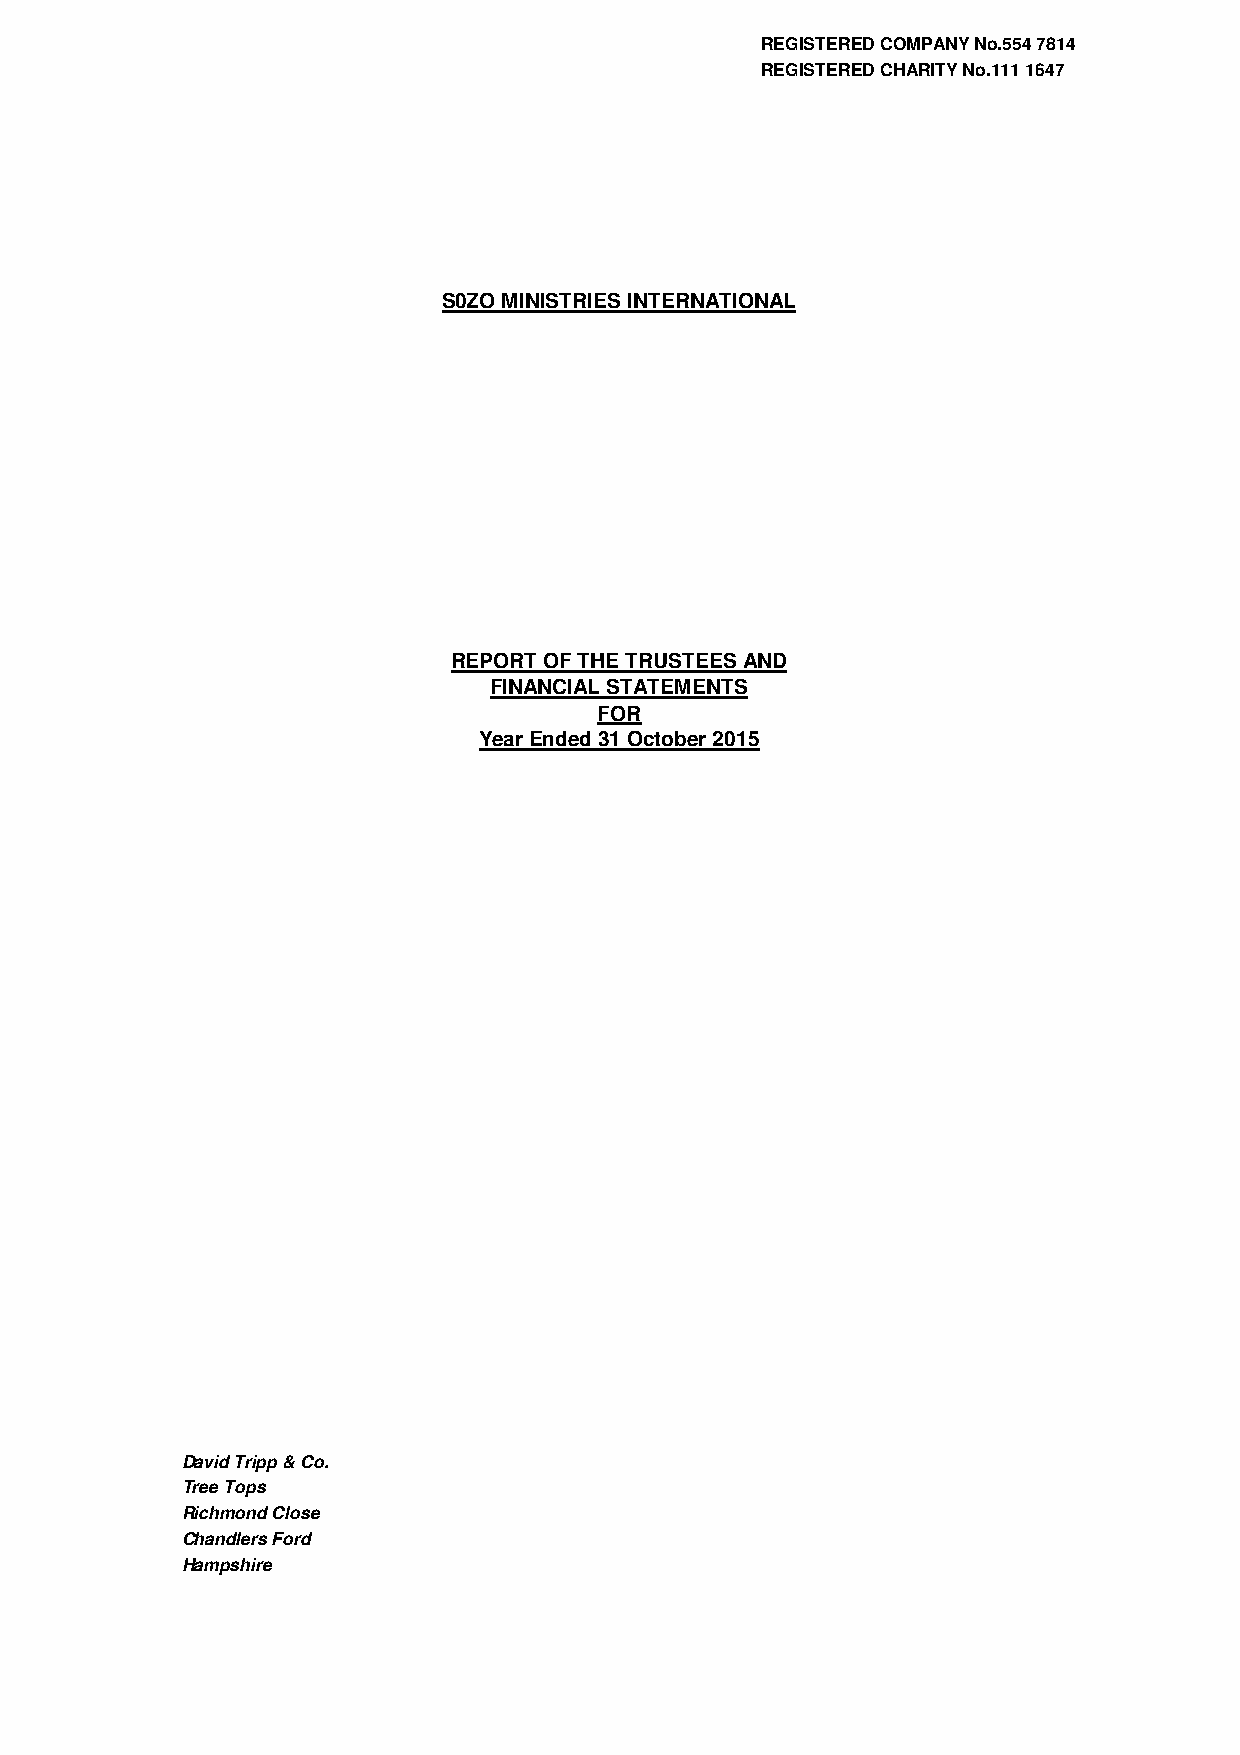
REGISTERED COMPANY No.554 7814
 REGISTERED CHARITY No.111 1647
 S0ZO MINISTRIES INTERNATIONAL
 REPORT OF THE TRUSTEES AND
 FINANCIAL STATEMENTS
 FOR
 Year Ended 31 October 2015
 David Tripp & Co.
 Tree Tops
 Richmond Close
 Chandlers Ford
 Hampshire